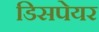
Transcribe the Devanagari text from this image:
डिसपेयर